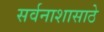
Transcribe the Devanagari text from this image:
सर्वनाशासाठे